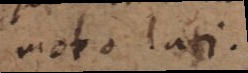
moto lati.